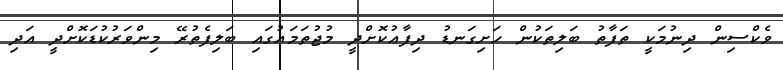
ވެކްސިން ދިނުމަކީ ތަފާތު ބަލިތަކުން ހަށިގަނޑު ދިފާޢުކޮށްދީ މުޖުތަމަޢުގައި ބަލިފެތުރޭ މިންވަރުކުޑަކޮށްދީ އަދި